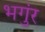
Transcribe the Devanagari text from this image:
भगुंर